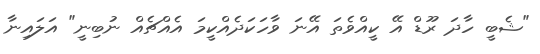
"ޝެބީ ހާދަ ރޫޑް އޭ ކީއްވެތަ އޭނަ ވާހަކަދެއްކީމަ އެއްޗެއް ނުބިނީ" އަލައިނާ